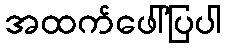
အထက်ဖေါ်ပြပါ